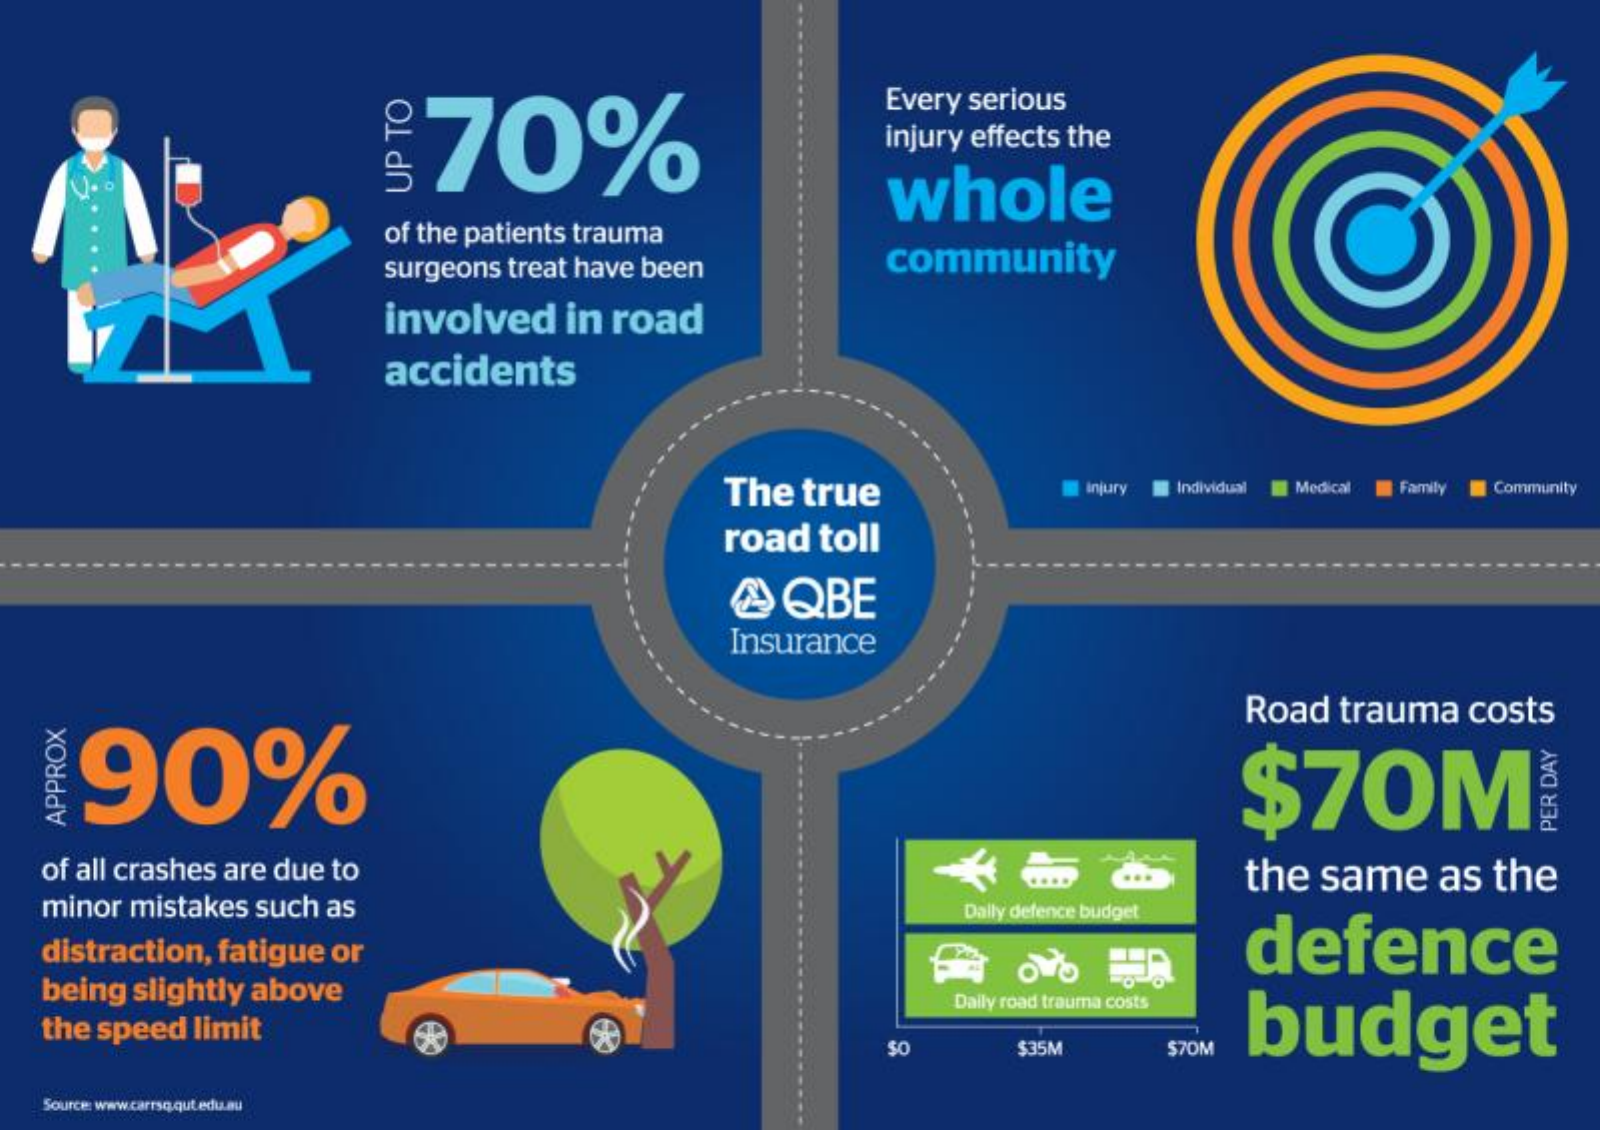
70%
     Every serious
     injury effects the
     whole UP
     TO
     of the patients trauma
     surgeons treat have been  community
     involved  in road
     accidents
     The true    Injury Individual Medical Family Community
     road toll
     QBE
     Insurance
    90%
     Road trauma costs
     $70M APPROX
     PER
     DAY
  of all crashes are due to    the same  as the
  minor mistakes such as    Dally defence budget
   distraction, fatigue or    defence
   being slightly above
     Daily road trauma costs
  the speed limit    budget
     SO    $35M    $70M
   Source: www.carrsq.qut.edu.au